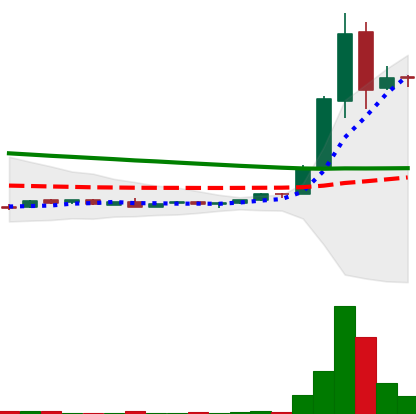
Ticker: DOGE-USD
Chart end date: 2018-09-04
Forward return: 10.628%
Label: up_7plus